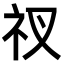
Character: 𥘓